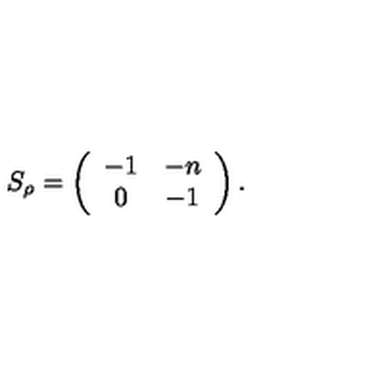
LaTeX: S _ { \rho } = \left( \begin{array} { c c } { - 1 } & { - n } \\ { 0 } & { - 1 } \\ \end{array} \right) .